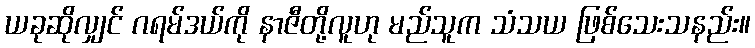
ယခုဆိုလျှင် ဂရမ်ဒယ်ကို နာဇီတို့လူဟု မည်သူက သံသယ ဖြစ်သေးသနည်း။